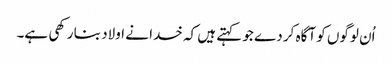
اُن لوگوں کو آگاہ کر دے جو کہتے ہیں کہ خدا نے اولاد بنا رکھی ہے۔